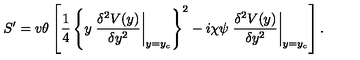
S ^ { \prime } = v \theta \left[ \frac { 1 } { 4 } \left\{ y \left. \frac { \delta ^ { 2 } V ( y ) } { \delta y ^ { 2 } } \right| _ { y = y _ { c } } \right\} ^ { 2 } - i \chi \psi \left. \frac { \delta ^ { 2 } V ( y ) } { \delta y ^ { 2 } } \right| _ { y = y _ { c } } \right] .